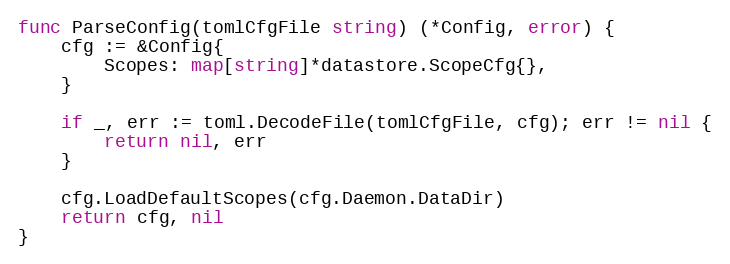
Language: Go
func ParseConfig(tomlCfgFile string) (*Config, error) {
	cfg := &Config{
		Scopes: map[string]*datastore.ScopeCfg{},
	}

	if _, err := toml.DecodeFile(tomlCfgFile, cfg); err != nil {
		return nil, err
	}

	cfg.LoadDefaultScopes(cfg.Daemon.DataDir)
	return cfg, nil
}